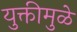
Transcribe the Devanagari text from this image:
युक्तीमुळे